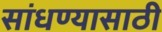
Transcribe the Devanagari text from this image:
सांधण्यासाठी